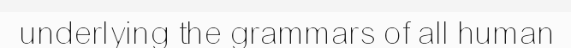
underlying the grammars of all human